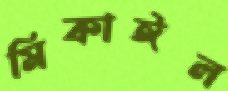
মিকাঈল